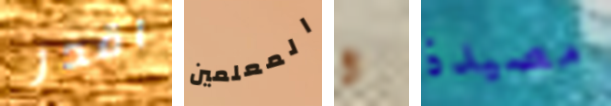
اقدر المعلمين و مصيدة